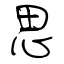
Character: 思